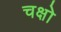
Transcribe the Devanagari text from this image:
चक्षो